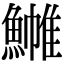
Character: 𬵧